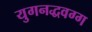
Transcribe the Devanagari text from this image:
युगनद्धवग्ग